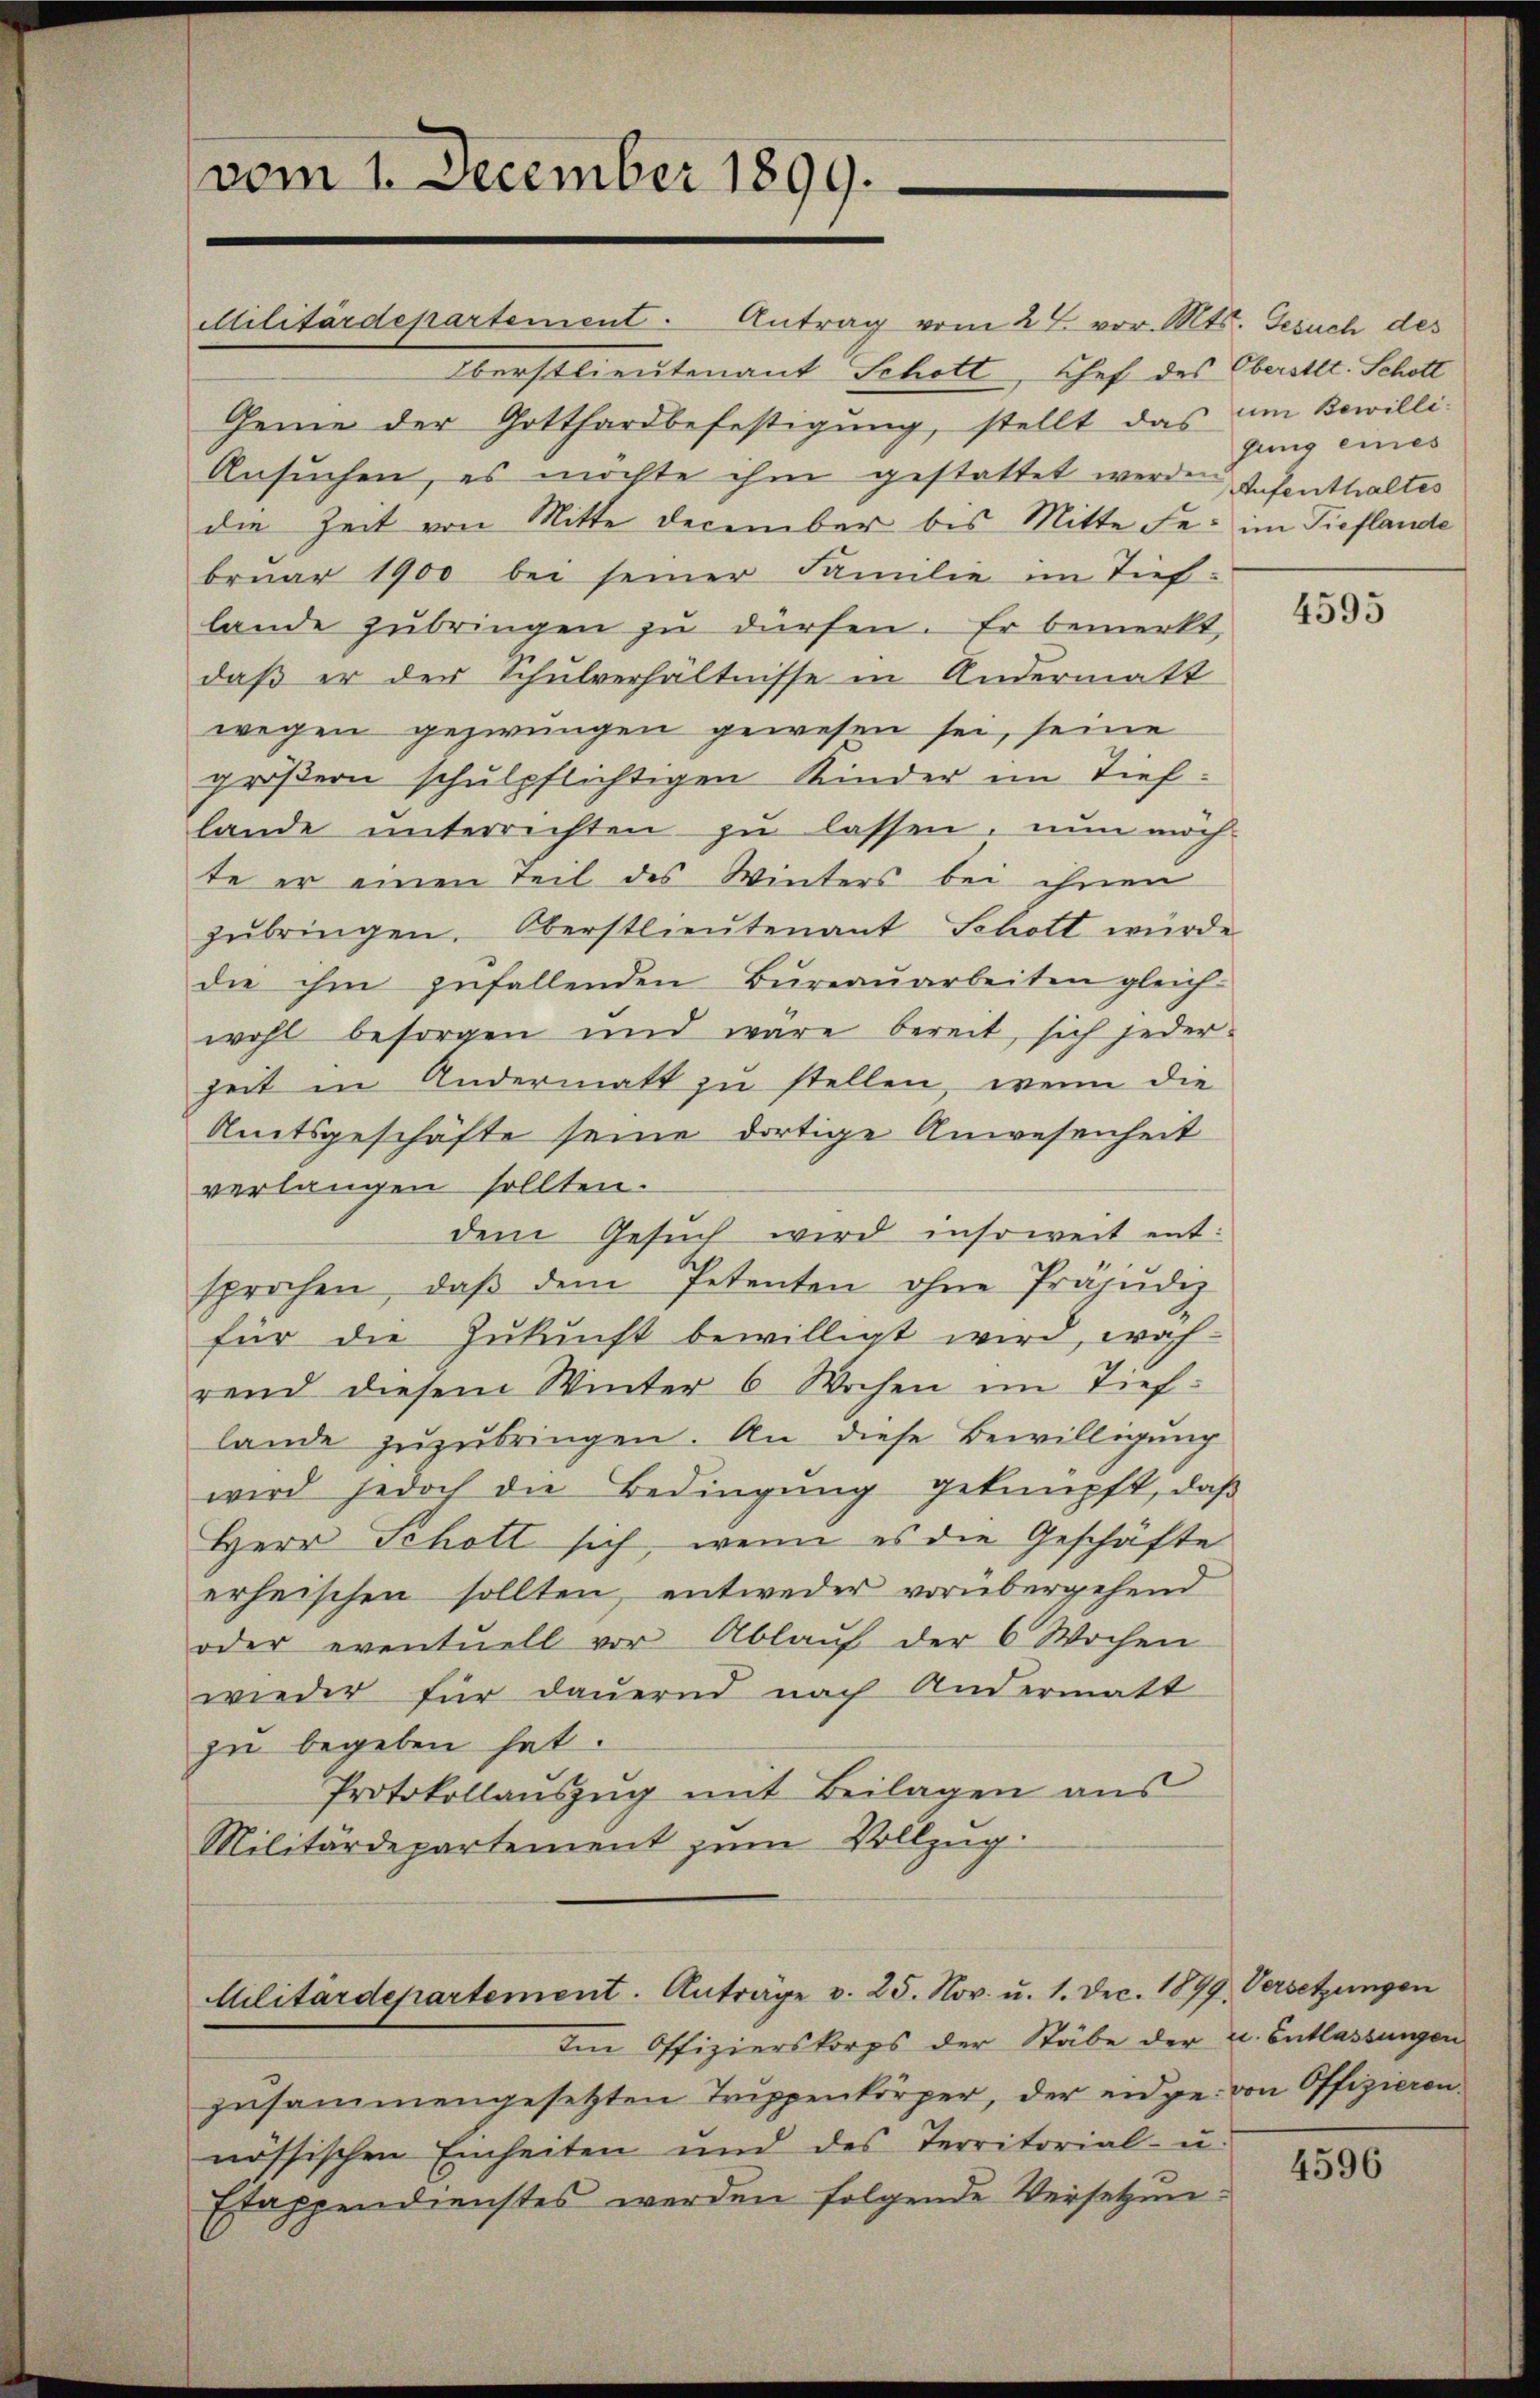
vom 1. December 1899.

Militärdepartement. Antrag vom 27. vor. Mts. Gesuch des
Oberstlieutenant Schott, Chef des Oberstet. Schott
Gemie der Gotthardbefestigung, stellt das am Bewilli¬
Ansuchen, es möchte ihm gestattet werden Aufenthaltes
die Zeit von Mitte December bis Mitte Fe: im Tieflande
bruar 1900 bei seiner Familie im Tieflande zŭbringen zŭ dürfen. Er bemerkt,
daß er der Schulverhältnisse in Andermatt
wegen gezwungen gewesen sei, seine
größern schulpflichtigen Kinder im Tieflande unterrichten zu lassen, nun mich
te er einen Teil des Winters bei ihnen
zubringen. Oberstlieutenant Schott wurde
die ihm zufallenden Büreaŭarbeiten gleich-
wohl besorgen und wäre bereit, sich jeder-
zeit in Andermatt zu stellen, wenn die
Amtsgeschäfte seine dortige Anwesenheit
verlangen sollten.
dem Gesuch wird insoweit entsprochen, daβ dem Petenten ohne Präjudiz
für die Zukunft bewilligt wird, woh
rend diesem Winter 6 Wochen im Tieflande zuzubringen. An diese Bewilligung
wird jedoch die Bedingung geknüpft, daß
Herr Schott sich, wenn es die Geschäfte
erheischen sollten, entweder vorübergehend
oder eventuell vor Ablaŭf der 6 Wochen
wieder für dauernd nach Andermatt
zu begeben hat.
Protokollauszug mit Beilagen aus
Militärdepartement zum Vollzug.

Militärdepartement. Anträge v. 25. Nov. u. 1. Dec. 1899 Versetzungen
Im Offizierskorps der Stäbe der u. Entlassungen

zusammengesetzten Trippenkörper, der eidge von Offizieren.
nössischen Einheiten und des Territorial- u.
Etappendienstes werden folgende Versetzun¬

gung eines

4595

4596